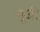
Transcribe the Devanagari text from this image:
मूजी